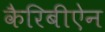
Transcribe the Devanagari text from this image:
कैरिबीऐन